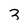
Character: 3